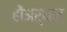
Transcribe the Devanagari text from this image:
होंअर्थात